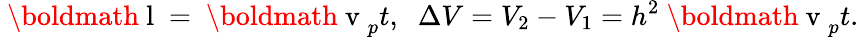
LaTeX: \mathrm{~\boldmath~l~}=\mathrm{~\boldmath~v~}_{p}t,\; \; \Delta V=V_{2}-V_{1}=h^{2}\mathrm{~\boldmath~v~}_{p}t.